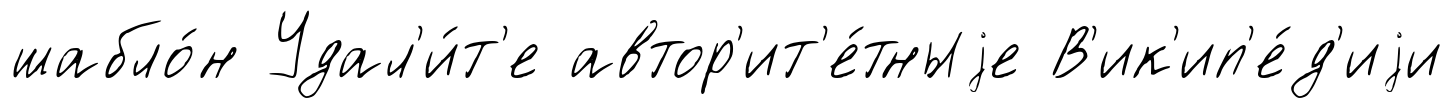
шабло́н Удал'и́т'е автор'ит'е́тныjе В'ик'ип'е́д'иjи